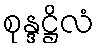
စုန္ဒဋ္ဌိလံ